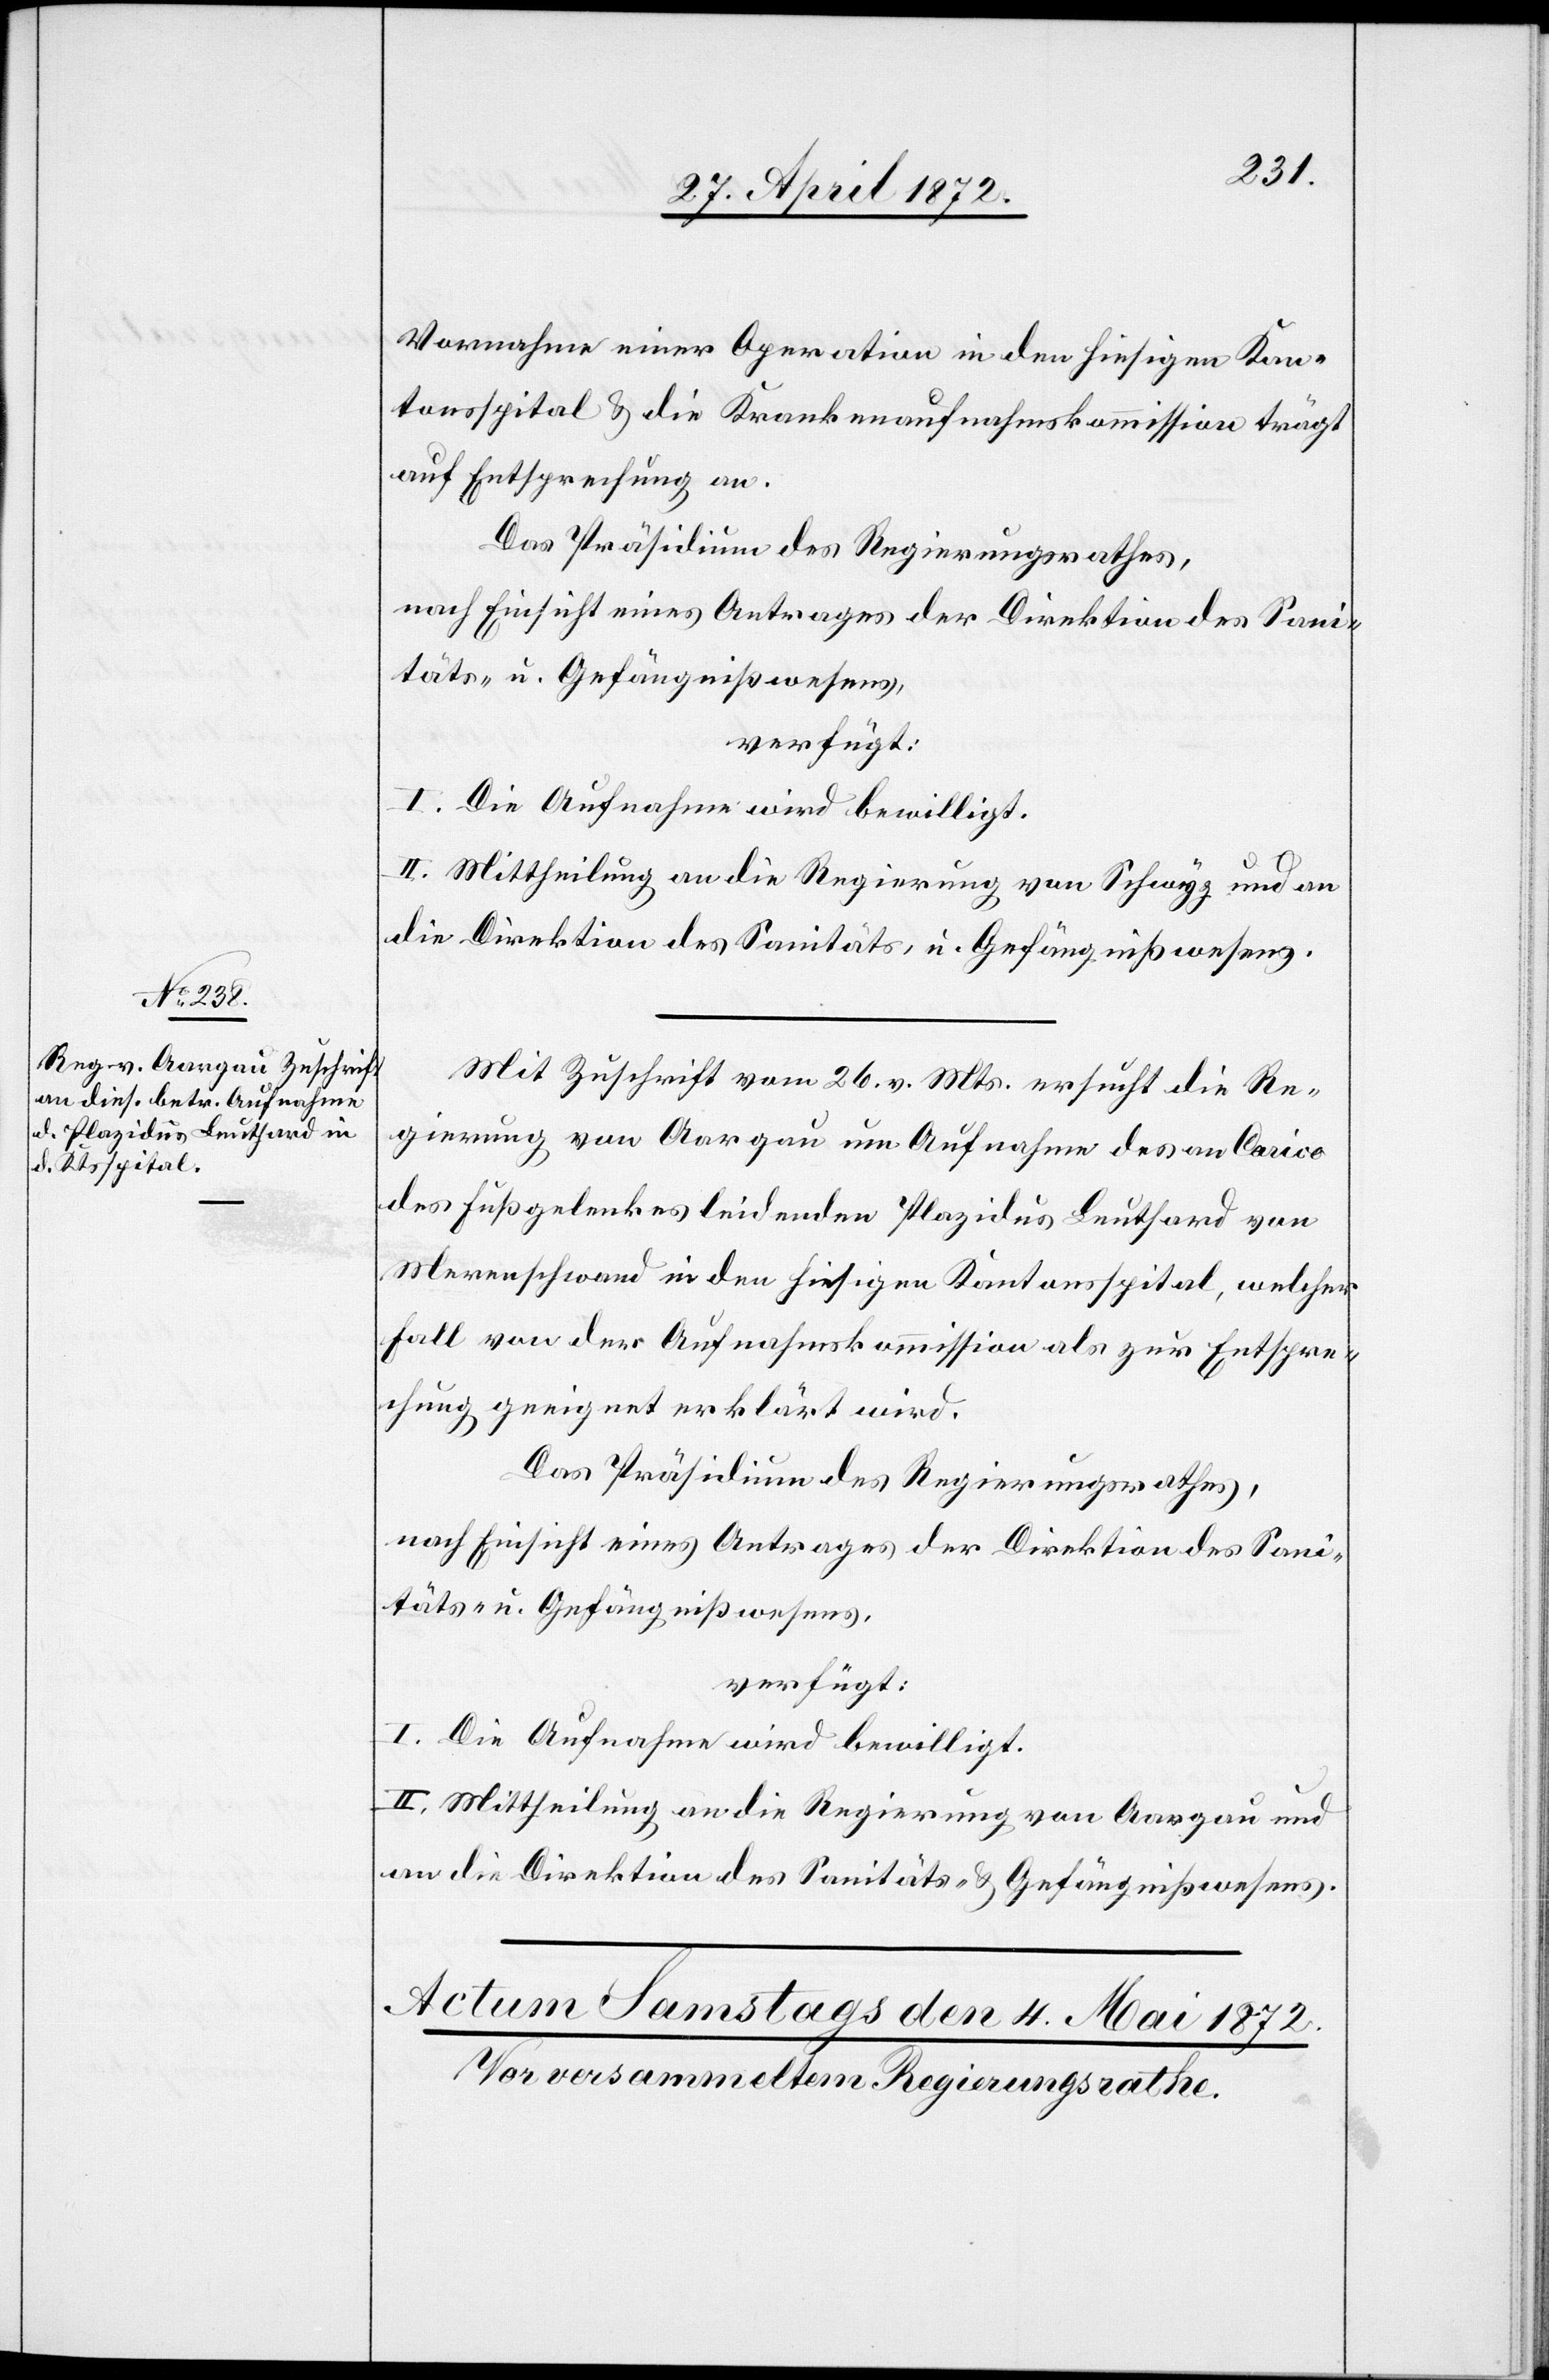
Vornahme einer Operation in den hiesigen Kan¬
tonsspital u. die Krankenaufnahmskommission trägt
auf Entsprechung an.
Das Präsidium des Regierungsrathes,
nach Einsicht eines Antrages der Direktion des Sani¬
täts- u. Gefängnißwesens,
verfügt:
I. Die Aufnahme wird bewilligt.
II. Mittheilung an die Regierung von Schwyz und an
die Direktion des Sanitäts- u. Gefängnißwesens.
Mit Zuschrift vom 26. v. Mts. ersucht die Re¬
gierung von Aargau um Aufnahme des an Carico
des Fußgelenkes leidenden Plazidus Leuthard von
Merenschwand in den hiesigen Kantonsspital, welcher
Fall von der Aufnahmskommission als zur Entspre¬
chung geeignet erklärt wird.
Das Präsidium des Regierungsrathes,
nach Einsicht eines Antrages der Direktion des Sani¬
II. Mittheilung an die Regierung von Aargau und
an die Direktion des Sanitäts- u. Gefängnißwesens.